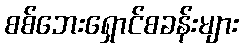
စစ်ဘေးရှောင်စခန်းများ